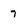
Character: 7